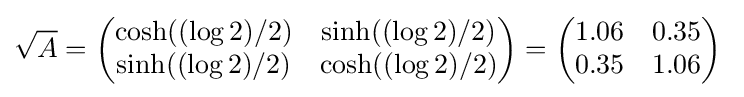
{\sqrt {A}}={\begin{pmatrix}\cosh((\log 2)/2)&\sinh((\log 2)/2)\\\sinh((\log 2)/2)&\cosh((\log 2)/2)\end{pmatrix}}={\begin{pmatrix}1.06&0.35\\0.35&1.06\end{pmatrix}}~